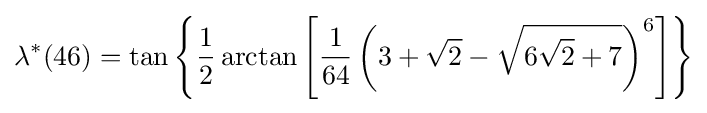
\lambda ^{*}(46)=\tan \left\{{\frac {1}{2}}\arctan \left[{\frac {1}{64}}\left(3+{\sqrt {2}}-{\sqrt {6{\sqrt {2}}+7}}\right)^{6}\right]\right\}